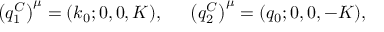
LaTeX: \left( q _ { 1 } ^ { C } \right) ^ { \mu } = ( k _ { 0 } ; 0 , 0 , K ) , ~ ~ ~ ~ \left( q _ { 2 } ^ { C } \right) ^ { \mu } = ( q _ { 0 } ; 0 , 0 , - K ) ,